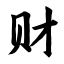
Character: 财